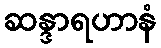
ဆန္ဒာရဟာနံ